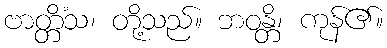
ဗာတ္တိံသ၊ တို့သည်။ ဘဝန္တိ၊ ကုန်၏။